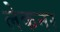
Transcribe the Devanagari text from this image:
लेकनर